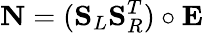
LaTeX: \mathbf{N}=(\mathbf{S}_{L}\mathbf{S}_{R}^{T})\circ\mathbf{E}